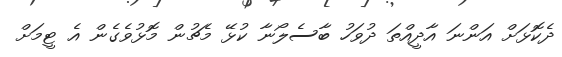
ދެކޮޅަށް އަންނަ އާދީއްތަ ދުވަހު ބާސެލޯނާ ކުޅޭ މެޗުން މޮޅުވެގެން އެ ޓީމަށް